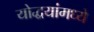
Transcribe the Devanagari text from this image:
योद्धयांमध्ये